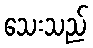
သေးသည်